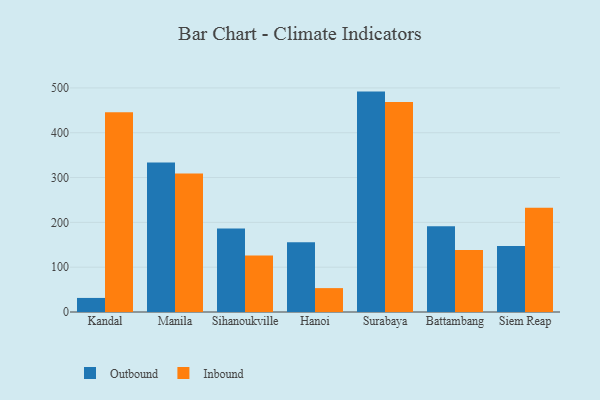
{"axis": {"x": "City", "y": "Gross Profit (USD K)"}, "legend": ["Inbound", "Outbound"], "data": [{"x": "Kandal", "y": 31.4, "type": "Outbound"}, {"x": "Kandal", "y": 446.0, "type": "Inbound"}, {"x": "Manila", "y": 333.5, "type": "Outbound"}, {"x": "Manila", "y": 309.3, "type": "Inbound"}, {"x": "Sihanoukville", "y": 186.2, "type": "Outbound"}, {"x": "Sihanoukville", "y": 126.3, "type": "Inbound"}, {"x": "Hanoi", "y": 155.5, "type": "Outbound"}, {"x": "Hanoi", "y": 53.3, "type": "Inbound"}, {"x": "Surabaya", "y": 491.8, "type": "Outbound"}, {"x": "Surabaya", "y": 468.4, "type": "Inbound"}, {"x": "Battambang", "y": 191.2, "type": "Outbound"}, {"x": "Battambang", "y": 138.4, "type": "Inbound"}, {"x": "Siem Reap", "y": 147.2, "type": "Outbound"}, {"x": "Siem Reap", "y": 232.8, "type": "Inbound"}]}